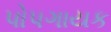
પોપગાયક